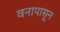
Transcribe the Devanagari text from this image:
वनापासून